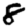
Digit: 8